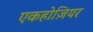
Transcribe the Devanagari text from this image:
एकहोज़ियर